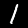
Digit: 1